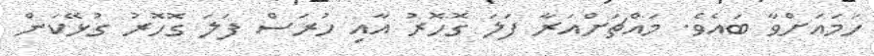
ހަމައަށްވާ ބައެވެ. މައްޗަށްއަރާ ފަލަ ގޮހޮރު އާއި ހުރަސް ފަލަ ގޮހޮރު ގުޅޭކަން